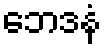
ဘေဒနံ